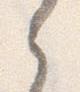
之